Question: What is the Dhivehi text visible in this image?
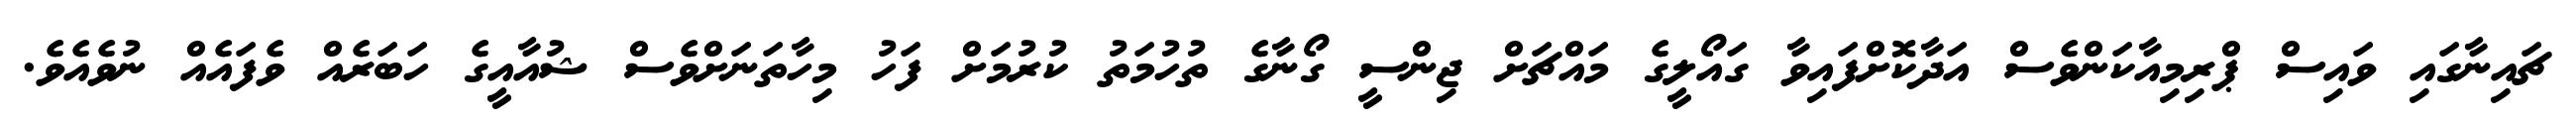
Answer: ޗައިނާގައި ވައިސް ޕްރިމިއާކަންވެސް އަދާކޮށްފައިވާ ގައޯލީގެ މައްޗަށް ޖިންސީ ގޯނާގެ ތުހުމަތު ކުރުމަށް ފަހު މިހާތަނަށްވެސް ޝުއާއީގެ ހަބަރެއް ވެފައެއް ނުވެއެވެ.